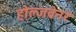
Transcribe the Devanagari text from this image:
होल्जब्रेनर